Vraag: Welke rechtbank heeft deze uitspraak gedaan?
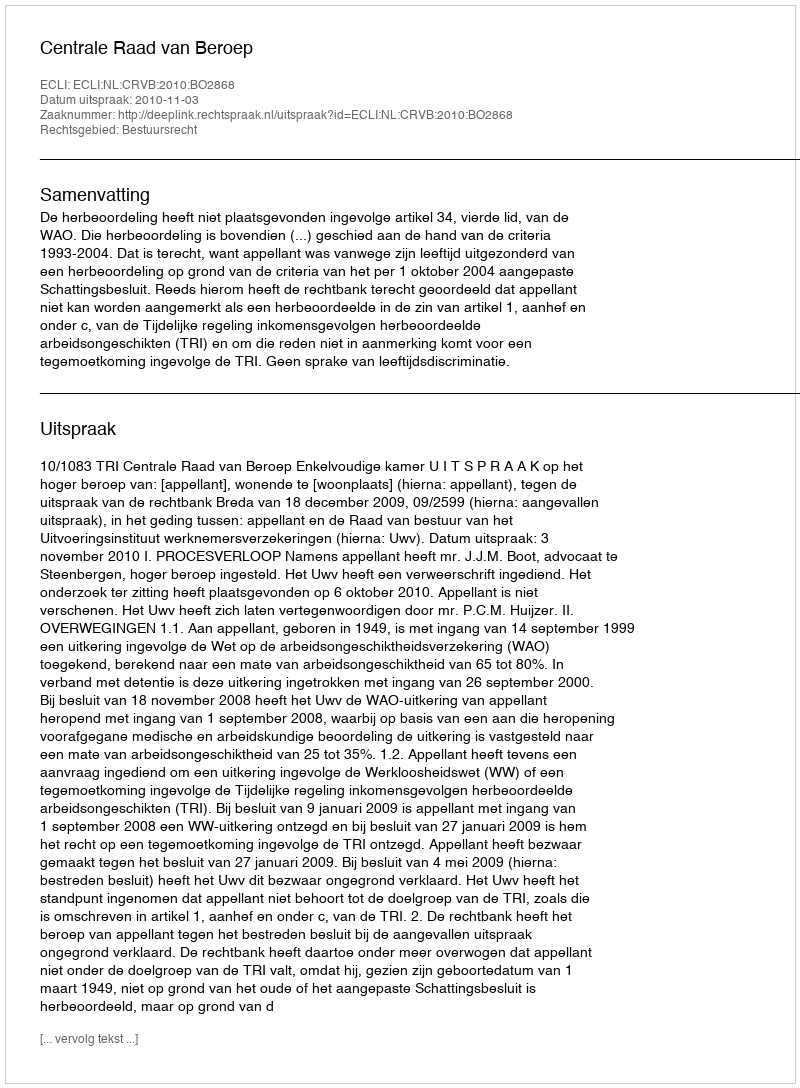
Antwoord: Centrale Raad van Beroep